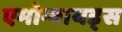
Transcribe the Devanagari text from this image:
एमोन्वायड्स